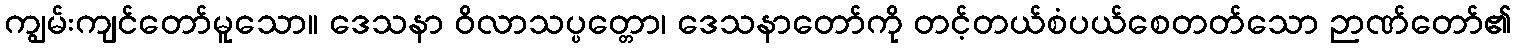
ကျွမ်းကျင်တော်မူသော။ ဒေသနာ ဝိလာသပ္ပတ္တော၊ ဒေသနာတော်ကို တင့်တယ်စံပယ်စေတတ်သော ဉာဏ်တော်၏